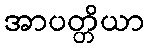
အာပတ္တိယာ